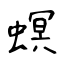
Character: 螟